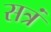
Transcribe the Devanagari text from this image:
सत्रं